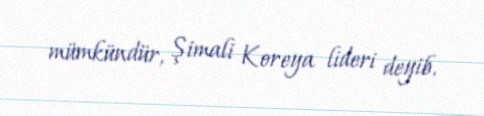
mümkündür, Şimali Koreya lideri deyib.